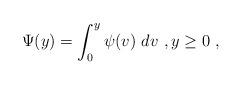
LaTeX: \begin{align*} \Psi(y) = \int_0^y \psi(v) \ dv \ , y \geq 0 \ ,\end{align*}